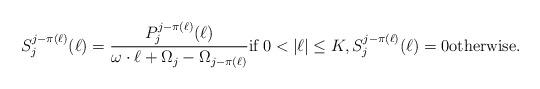
LaTeX: \begin{align*}S_j^{j-\pi(\ell)}(\ell)= \dfrac{P_j^{j-\pi(\ell)}(\ell)}{ \omega \cdot \ell +\Omega_j -\Omega_{j-\pi(\ell)}} \mbox{if}\; 0<|\ell|\le K, S_j^{j-\pi(\ell)}(\ell)= 0 \mbox{otherwise}.\end{align*}